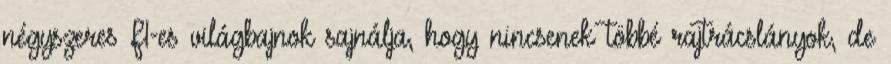
négyszeres F1-es világbajnok sajnálja, hogy nincsenek többé rajtrácslányok, de